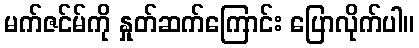
မက်ဇင်မ်ကို နှုတ်ဆက်ကြောင်း ပြောလိုက်ပါ။